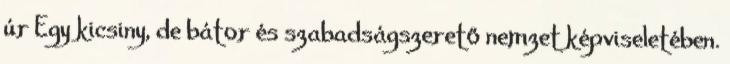
úr Egy kicsiny, de bátor és szabadságszerető nemzet képviseletében.